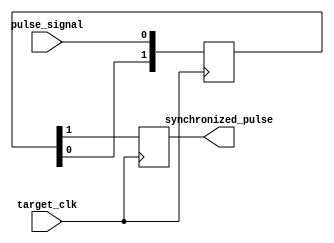
module pulse_synchronizer (
    input wire pulse_signal,
    input wire target_clk,
    output reg synchronized_pulse
);

reg [1:0] synchronization_register;

always @(posedge target_clk) begin
    synchronization_register <= {synchronization_register[0], pulse_signal};
    synchronized_pulse <= synchronization_register[1];
end

endmodule